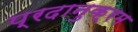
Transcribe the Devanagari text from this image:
प्रदानुक्रम